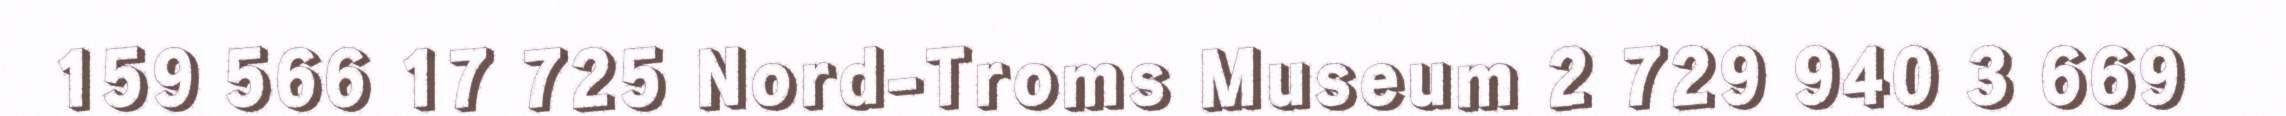
159 566 17 725 Nord-Troms Museum 2 729 940 3 669